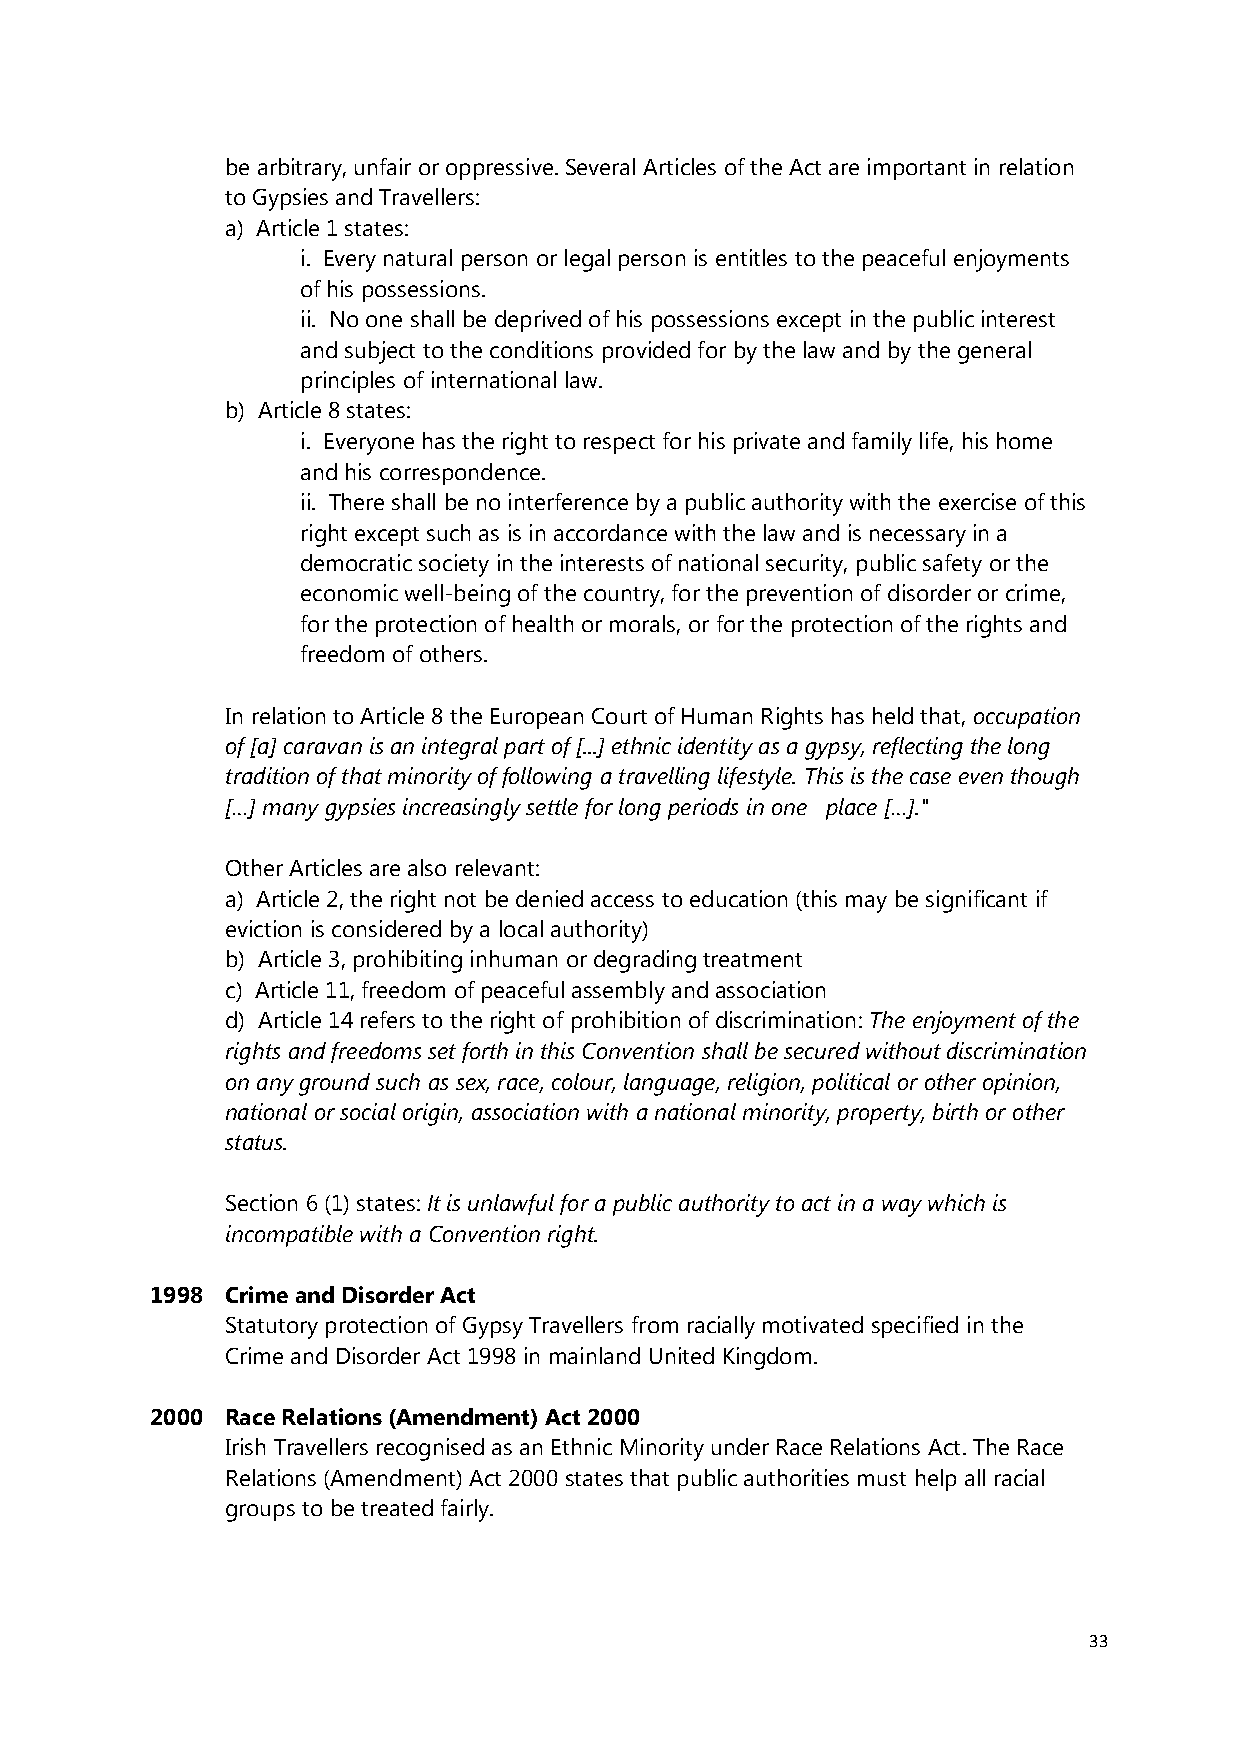
be arbitrary, unfair or oppressive. Several Articles of the Act are important in relation
 to Gypsies and Travellers:
 a) Article 1 states:
 i. Every natural person or legal person is entitles to the peaceful enjoyments
 of his possessions.
 ii. No one shall be deprived of his possessions except in the public interest
 and subject to the conditions provided for by the law and by the general
 principles of international law.
 b) Article 8 states:
 i. Everyone has the right to respect for his private and family life, his home
 and his correspondence.
 ii. There shall be no interference by a public authority with the exercise of this
 right except such as is in accordance with the law and is necessary in a
 democratic society in the interests of national security, public safety or the
 economic well-being of the country, for the prevention of disorder or crime,
 for the protection of health or morals, or for the protection of the rights and
 freedom of others.
 In relation to Article 8 the European Court of Human Rights has held that, occupation
 of [a] caravan is an integral part of [...] ethnic identity as a gypsy, reflecting the long
 tradition of that minority of following a travelling lifestyle. This is the case even though
 […] many gypsies increasingly settle for long periods in one place […]."
 Other Articles are also relevant:
 a) Article 2, the right not be denied access to education (this may be significant if
 eviction is considered by a local authority)
 b) Article 3, prohibiting inhuman or degrading treatment
 c) Article 11, freedom of peaceful assembly and association
 d) Article 14 refers to the right of prohibition of discrimination: The enjoyment of the
 rights and freedoms set forth in this Convention shall be secured without discrimination
 on any ground such as sex, race, colour, language, religion, political or other opinion,
 national or social origin, association with a national minority, property, birth or other
 status.
 Section 6 (1) states: It is unlawful for a public authority to act in a way which is
 incompatible with a Convention right.
 1998 Crime and Disorder Act
 Statutory protection of Gypsy Travellers from racially motivated specified in the
 Crime and Disorder Act 1998 in mainland United Kingdom.
 2000 Race Relations (Amendment) Act 2000
 Irish Travellers recognised as an Ethnic Minority under Race Relations Act. The Race
 Relations (Amendment) Act 2000 states that public authorities must help all racial
 groups to be treated fairly.
 33